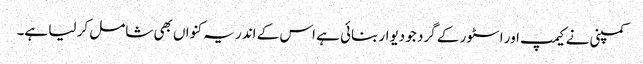
کمپنی نے کیمپ اور اسٹور کے گرد جو دیوار بنائی ہے اس کے اندر یہ کنواں بھی شامل کر لیا ہے۔